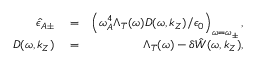
\begin{array} { r l r } { \hat { \epsilon } _ { A \pm } } & { { } = } & { \left( \omega _ { A } ^ { 4 } \Lambda _ { T } ( \omega ) D ( \omega , k _ { Z } ) / \epsilon _ { 0 } \right) _ { \omega = \omega _ { \pm } } , } \\ { D ( \omega , k _ { Z } ) } & { { } = } & { \Lambda _ { T } ( \omega ) - \delta \hat { W } ( \omega , k _ { Z } ) , } \end{array}